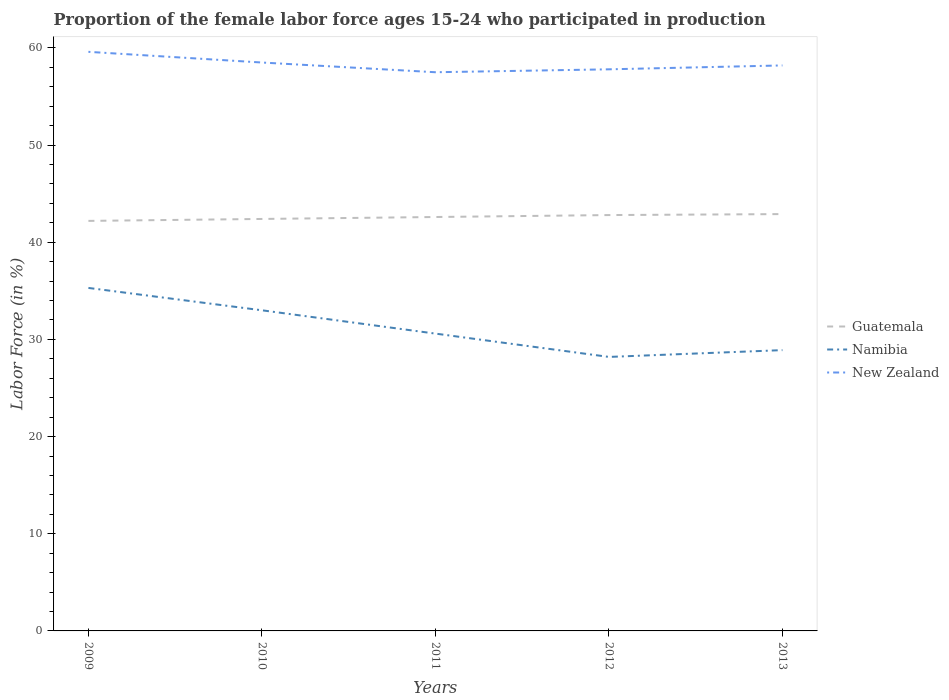
| Years | Guatemala | Namibia | New Zealand |
 | --- | --- | --- | --- |
 | 2009 | 42.2 | 35.3 | 59.6 |
 | 2010 | 42.4 | 33 | 58.5 |
 | 2011 | 42.6 | 30.6 | 57.5 |
 | 2012 | 42.8 | 28.2 | 57.8 |
 | 2013 | 42.9 | 28.9 | 58.2 |